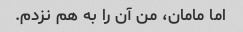
اما مامان، من آن را به هم نزدم.